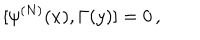
[ \psi ^ { ( N ) } ( x ) , \Gamma ( y ) ] = 0 \, ,